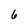
Character: 6